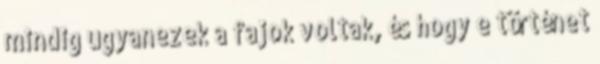
mindig ugyanezek a fajok voltak, és hogy e történet